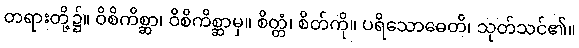
တရားတို့၌။ ဝိစိကိစ္ဆာ၊ ဝိစိကိစ္ဆာမှ။ စိတ္တံ၊ စိတ်ကို။ ပရိသောဓေတိ၊ သုတ်သင်၏။